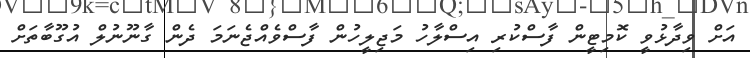
އަށް ވިދާޅުވީ ކޮމިޓީން ފާސްކުރި އިސްލާހު މަޖިލީހުން ފާސްވެއްޖެނަމަ ދެން ގާނޫނުލް އުގޫބާތަށް